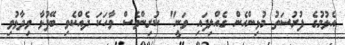
އެޅުމުގެ ފުރުސަތު މުޅިންހެން ގެއްލިފައި ވަނީ" ކުރިންވެސް ވާހަކަ ދެއްކެވި ބޭފުޅާ ވިދާޅުވި